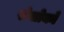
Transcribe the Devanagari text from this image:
रोसोको